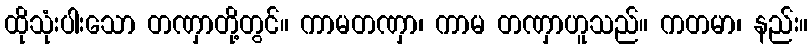
ထိုသုံးပါးသော တဏှာတို့တွင်။ ကာမတဏှာ၊ ကာမ တဏှာဟူသည်။ ကတမာ၊ နည်း။